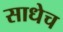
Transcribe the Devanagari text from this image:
साधेच